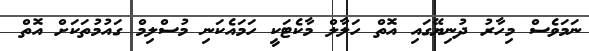
ނަމަވެސް މިހާރު ދުނިޔޭގައި އޮތް ހަލާލް މާކެޓަކީ ހަމައެކަނި މުސްލިމް ގައުމުތަކަށް އޮތް